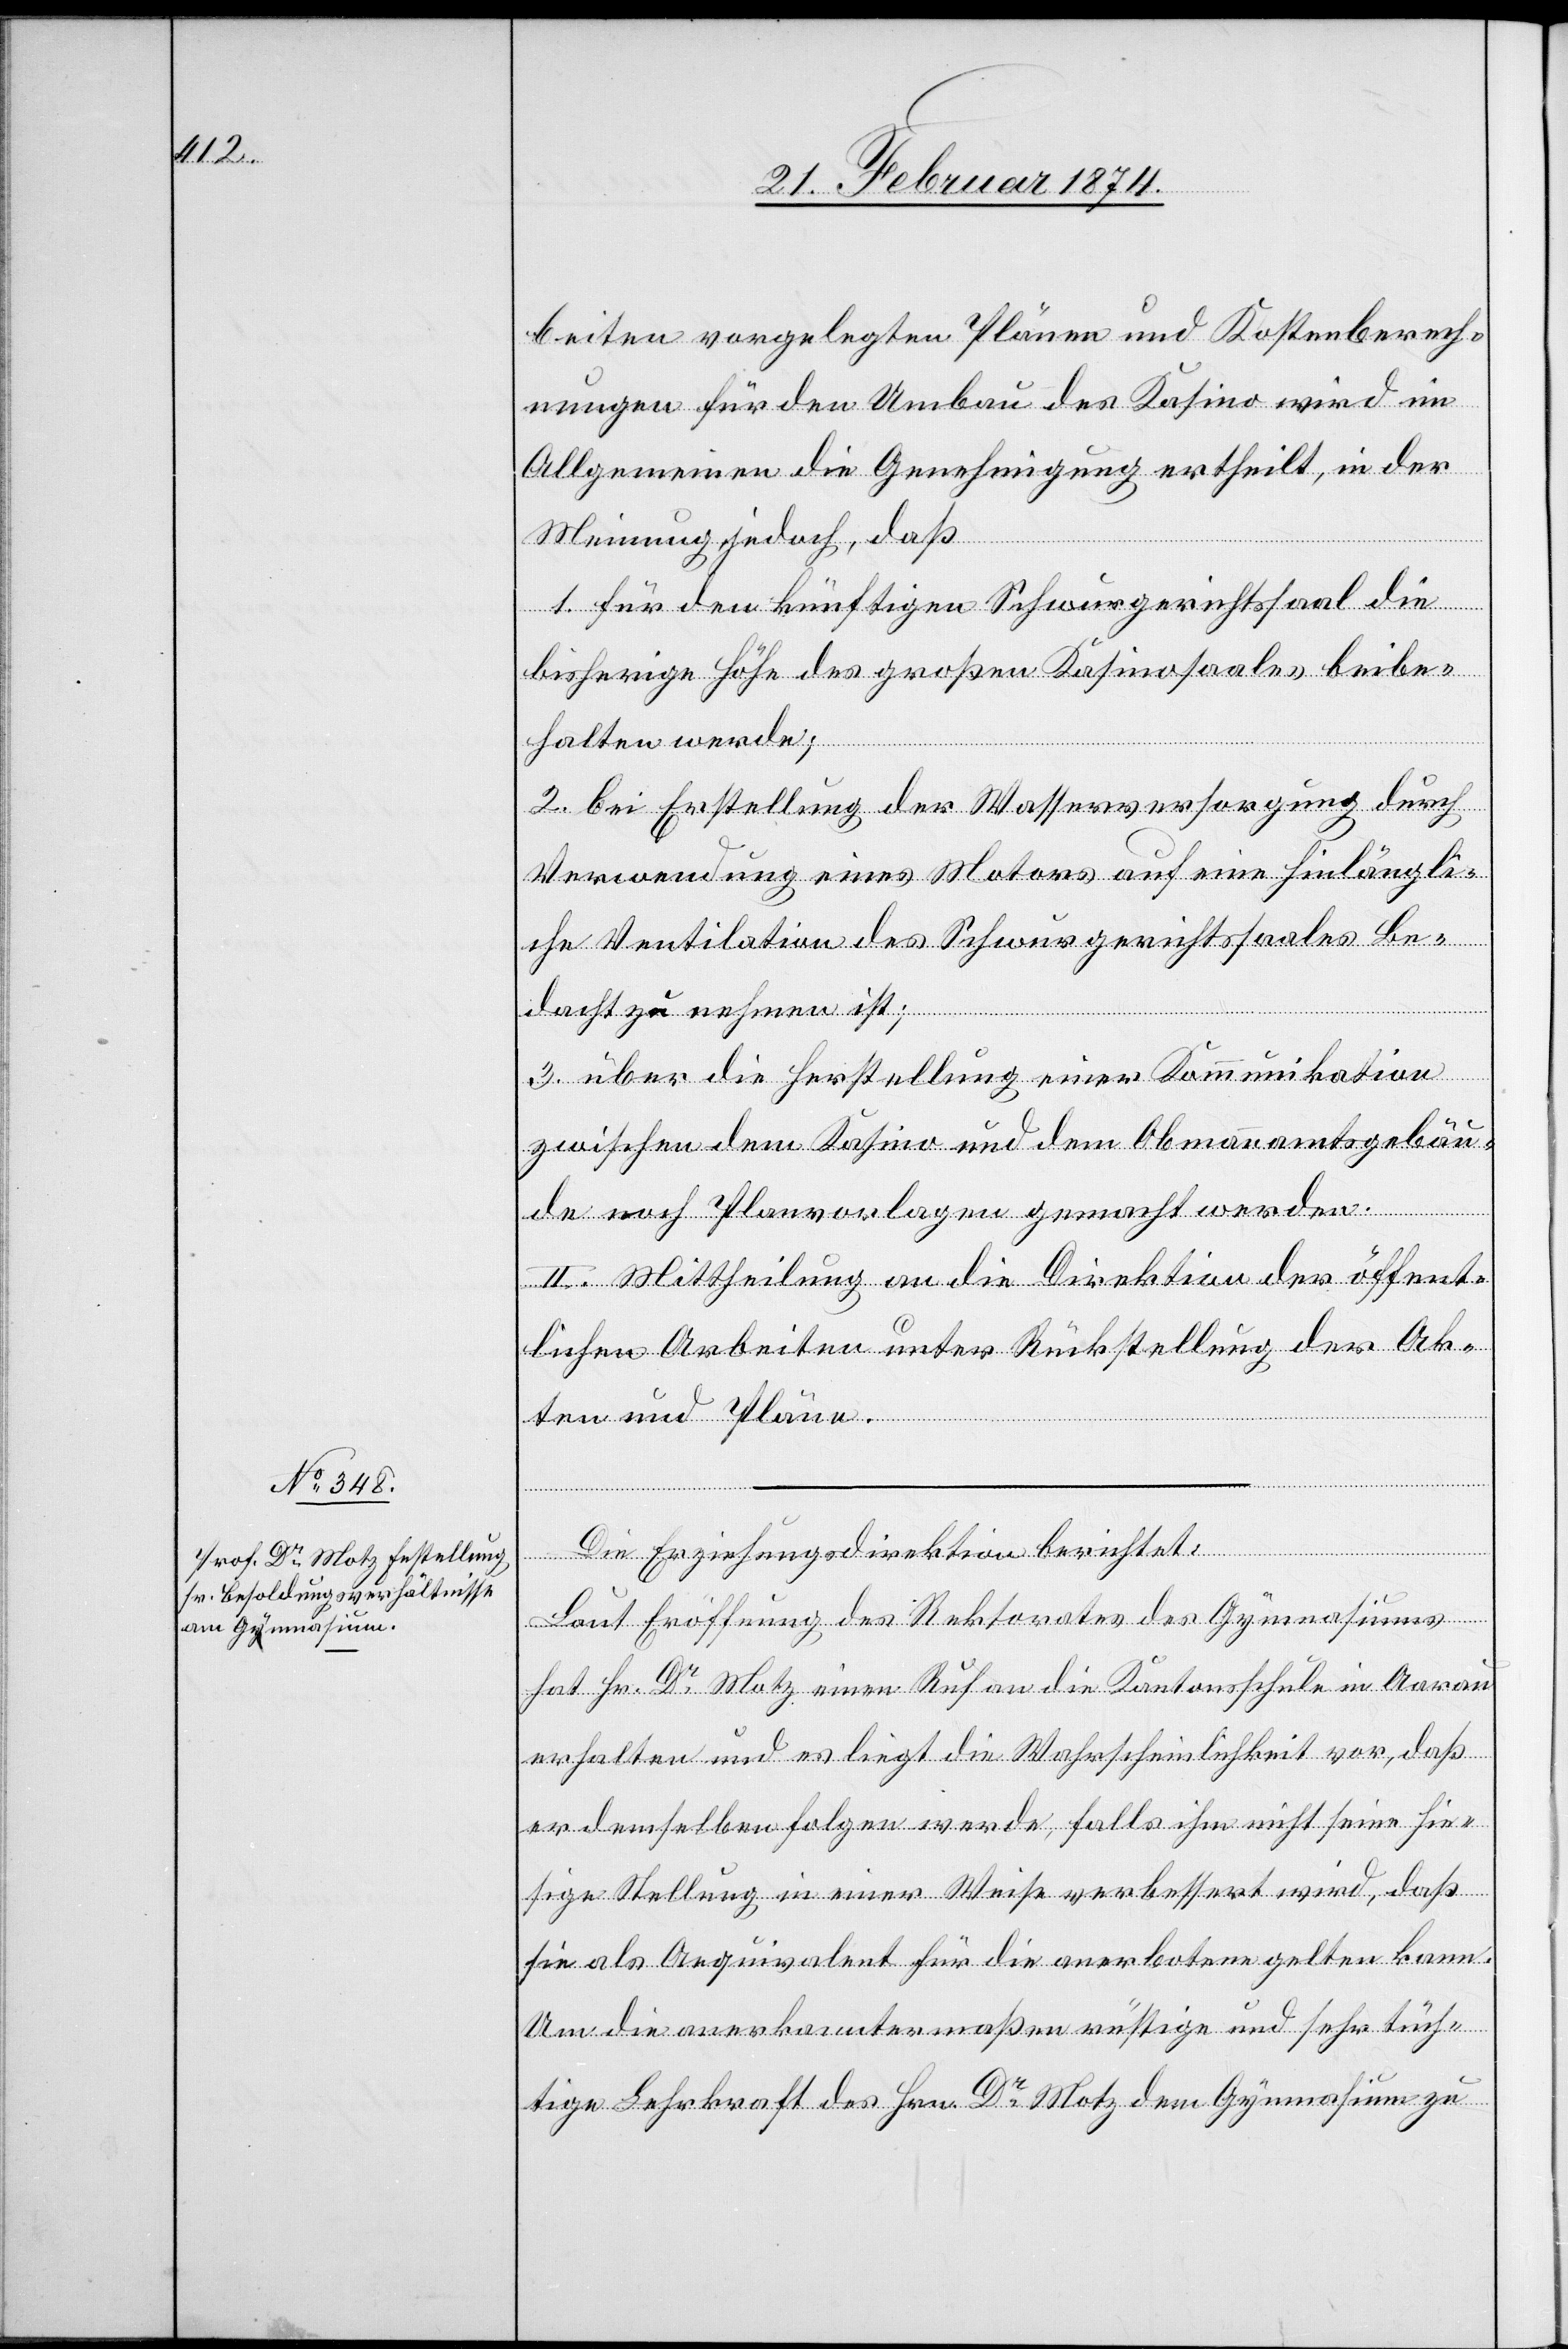
beiten vorgelegten Plänen und Kostenberech¬
nungen für den Umbau des Kasino wird im
Allgemeinen die Genehmigung ertheilt, in der
Meinung jedoch, daß
1. für den künftigen Schwurgerichtssaal die
bisherige Höhe des großen Kasinosaals beibe¬
halten werde;
2. Bei Erstellung der Wasserversorgung durch
Verwendung eines Motors auf eine hinlängli¬
che Ventilation des Schwurgerichtssaales Be¬
dacht zu nehmen ist;
3. über die Herstellung einer Kommunikation
zwischen dem Kasino und dem Obmannamtgebäu¬
de noch Planvorlagen gemacht werden.
II. Mittheilung an die Direktion der öffent¬
lichen Arbeiten unter Rückstellung der Ak¬
ten und Pläne.
Die Erziehungsdirektion berichtet:
Laut Eröffnung des Rektorates des Gymnasiums
hat Hr. Dr Motz einen Ruf an die Kantonsschule in Aarau
erhalten und es liegt die Wahrscheinlichkeit vor, daß
er demselben folgen werde, falls ihm nicht seine hie¬
sige Stellung in einer Weise verbessert wird, daß
sie als Aequivalent für die anerbotene gelten kann.
Um die anerkanntermaßen rüstige und sehr tüch¬
tige Lehrkraft des Hrn. Dr Motz dem Gymnasium zu